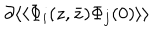
LaTeX: \partial \langle \langle \Phi _ { i } ( z , \bar { z } ) \Phi _ { j } ( 0 ) \rangle \rangle